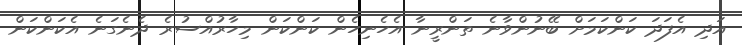
އަދި އެފަދަ ކަންކަމަށް ބޭނުންވާނެ ތަންރީނާ އެހެނިހެން ކަންކަން މިހާރުއްސުރެ ދެނެގަނެ އެކަންކަން